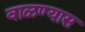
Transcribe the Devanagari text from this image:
वाळण्यास